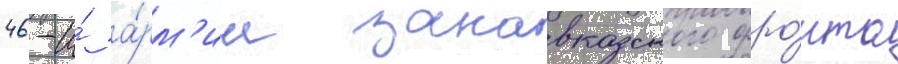
46-и́ а́рм'ии закавказского фро́нта